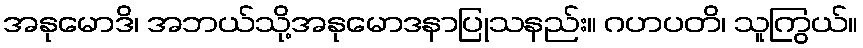
အနုမောဒိ၊ အဘယ်သို့အနုမောဒနာပြုသနည်း။ ဂဟပတိ၊ သူကြွယ်။